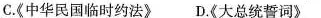
C.《中华民国临时约法》D.《大总统誓词》